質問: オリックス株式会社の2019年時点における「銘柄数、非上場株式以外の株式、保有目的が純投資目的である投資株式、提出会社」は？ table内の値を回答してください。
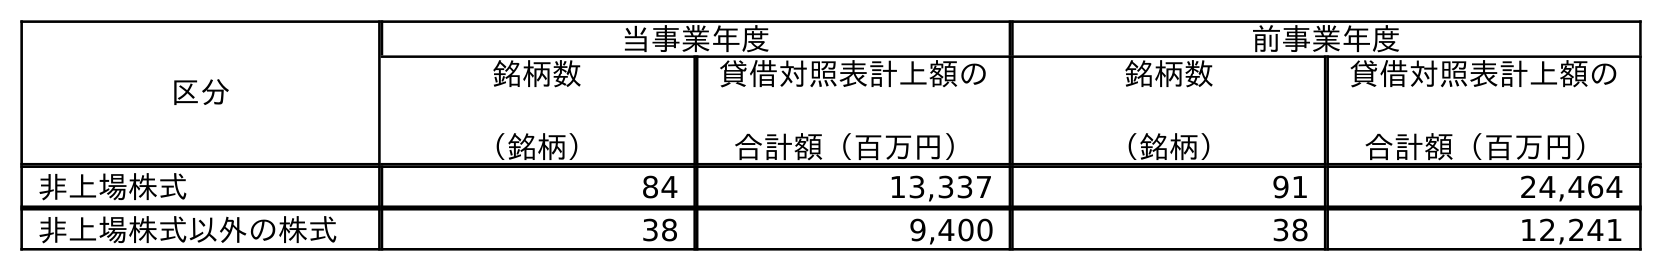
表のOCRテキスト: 区分 当事業年度 前事業年度 銘柄数 （銘柄） 貸借対照表計上額の 合計額（百万円） 銘柄数 （銘柄） 貸借対照表計上額の 合計額（百万円） 非上場株式 84 13,337 91 24,464 非上場株式以外の株式 38 9,400 38 12,241
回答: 38